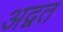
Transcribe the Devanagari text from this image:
अद्वत